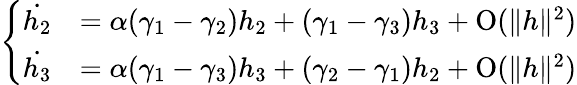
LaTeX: \left\{ \begin{array}{rl}{\dot{h_{2}}}&{=\alpha(\gamma_{1}-\gamma_{2})h_{2}+(\gamma_{1}-\gamma_{3})h_{3}+\operatorname{O}(\| h\| ^{2})}\\ {\dot{h_{3}}}&{=\alpha(\gamma_{1}-\gamma_{3})h_{3}+(\gamma_{2}-\gamma_{1})h_{2}+\operatorname{O}(\| h\| ^{2})}\end{array}\right.